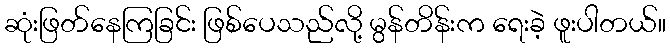
ဆုံးဖြတ်နေကြခြင်း ဖြစ်ပေသည်လို့ မွန်တိန်းက ရေးခဲ့ ဖူးပါတယ်။